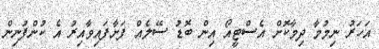
އަހަރު ނިމުމާ ދިމާކޮށް އެސްޓީއޯ އިން ބޮޑު ސޭލެއް ފަށާފައިވާއިރު އެ ކުންފުނިން